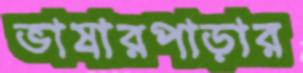
ভাষারপাড়ার